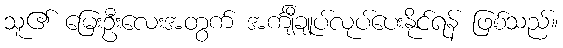
သူ၏ မြေးဦးလေးအတွက် အင်္ကျီချုပ်လုပ်ပေးနိုင်ရန် ဖြစ်သည်။